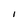
Character: l